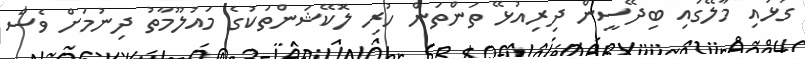
ގުޅައި މާލޭގައި ބިދޭސީން ދިރިއުޅޭ ތަންތަން ހުރި ލޮކޭޝަންތަކުގެ މައުލޫމާތު ދިނުމަށް ވެސް